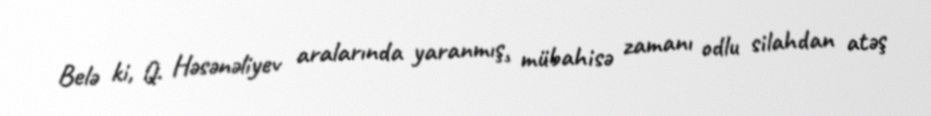
Belə ki, Q. Həsənəliyev aralarında yaranmış̧ mübahisə zamanı odlu silahdan atəş